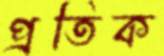
প্রতিক